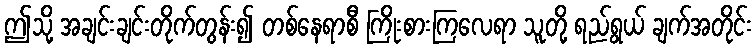
ဤသို့ အချင်းချင်းတိုက်တွန်း၍ တစ်နေရာစီ ကြိုးစားကြလေရာ သူတို့ ရည်ရွယ် ချက်အတိုင်း